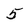
Character: 5